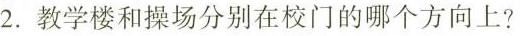
2.教学楼和操场分别在校门的哪个方向上?